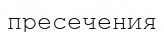
пресечения